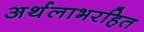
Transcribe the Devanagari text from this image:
अर्थलाभरहित